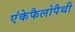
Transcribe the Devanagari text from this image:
एंकेफैलोपैथी